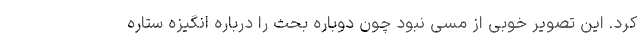
کرد. این تصویر خوبی از مسی نبود چون دوباره بحث را درباره انگیزه ستاره